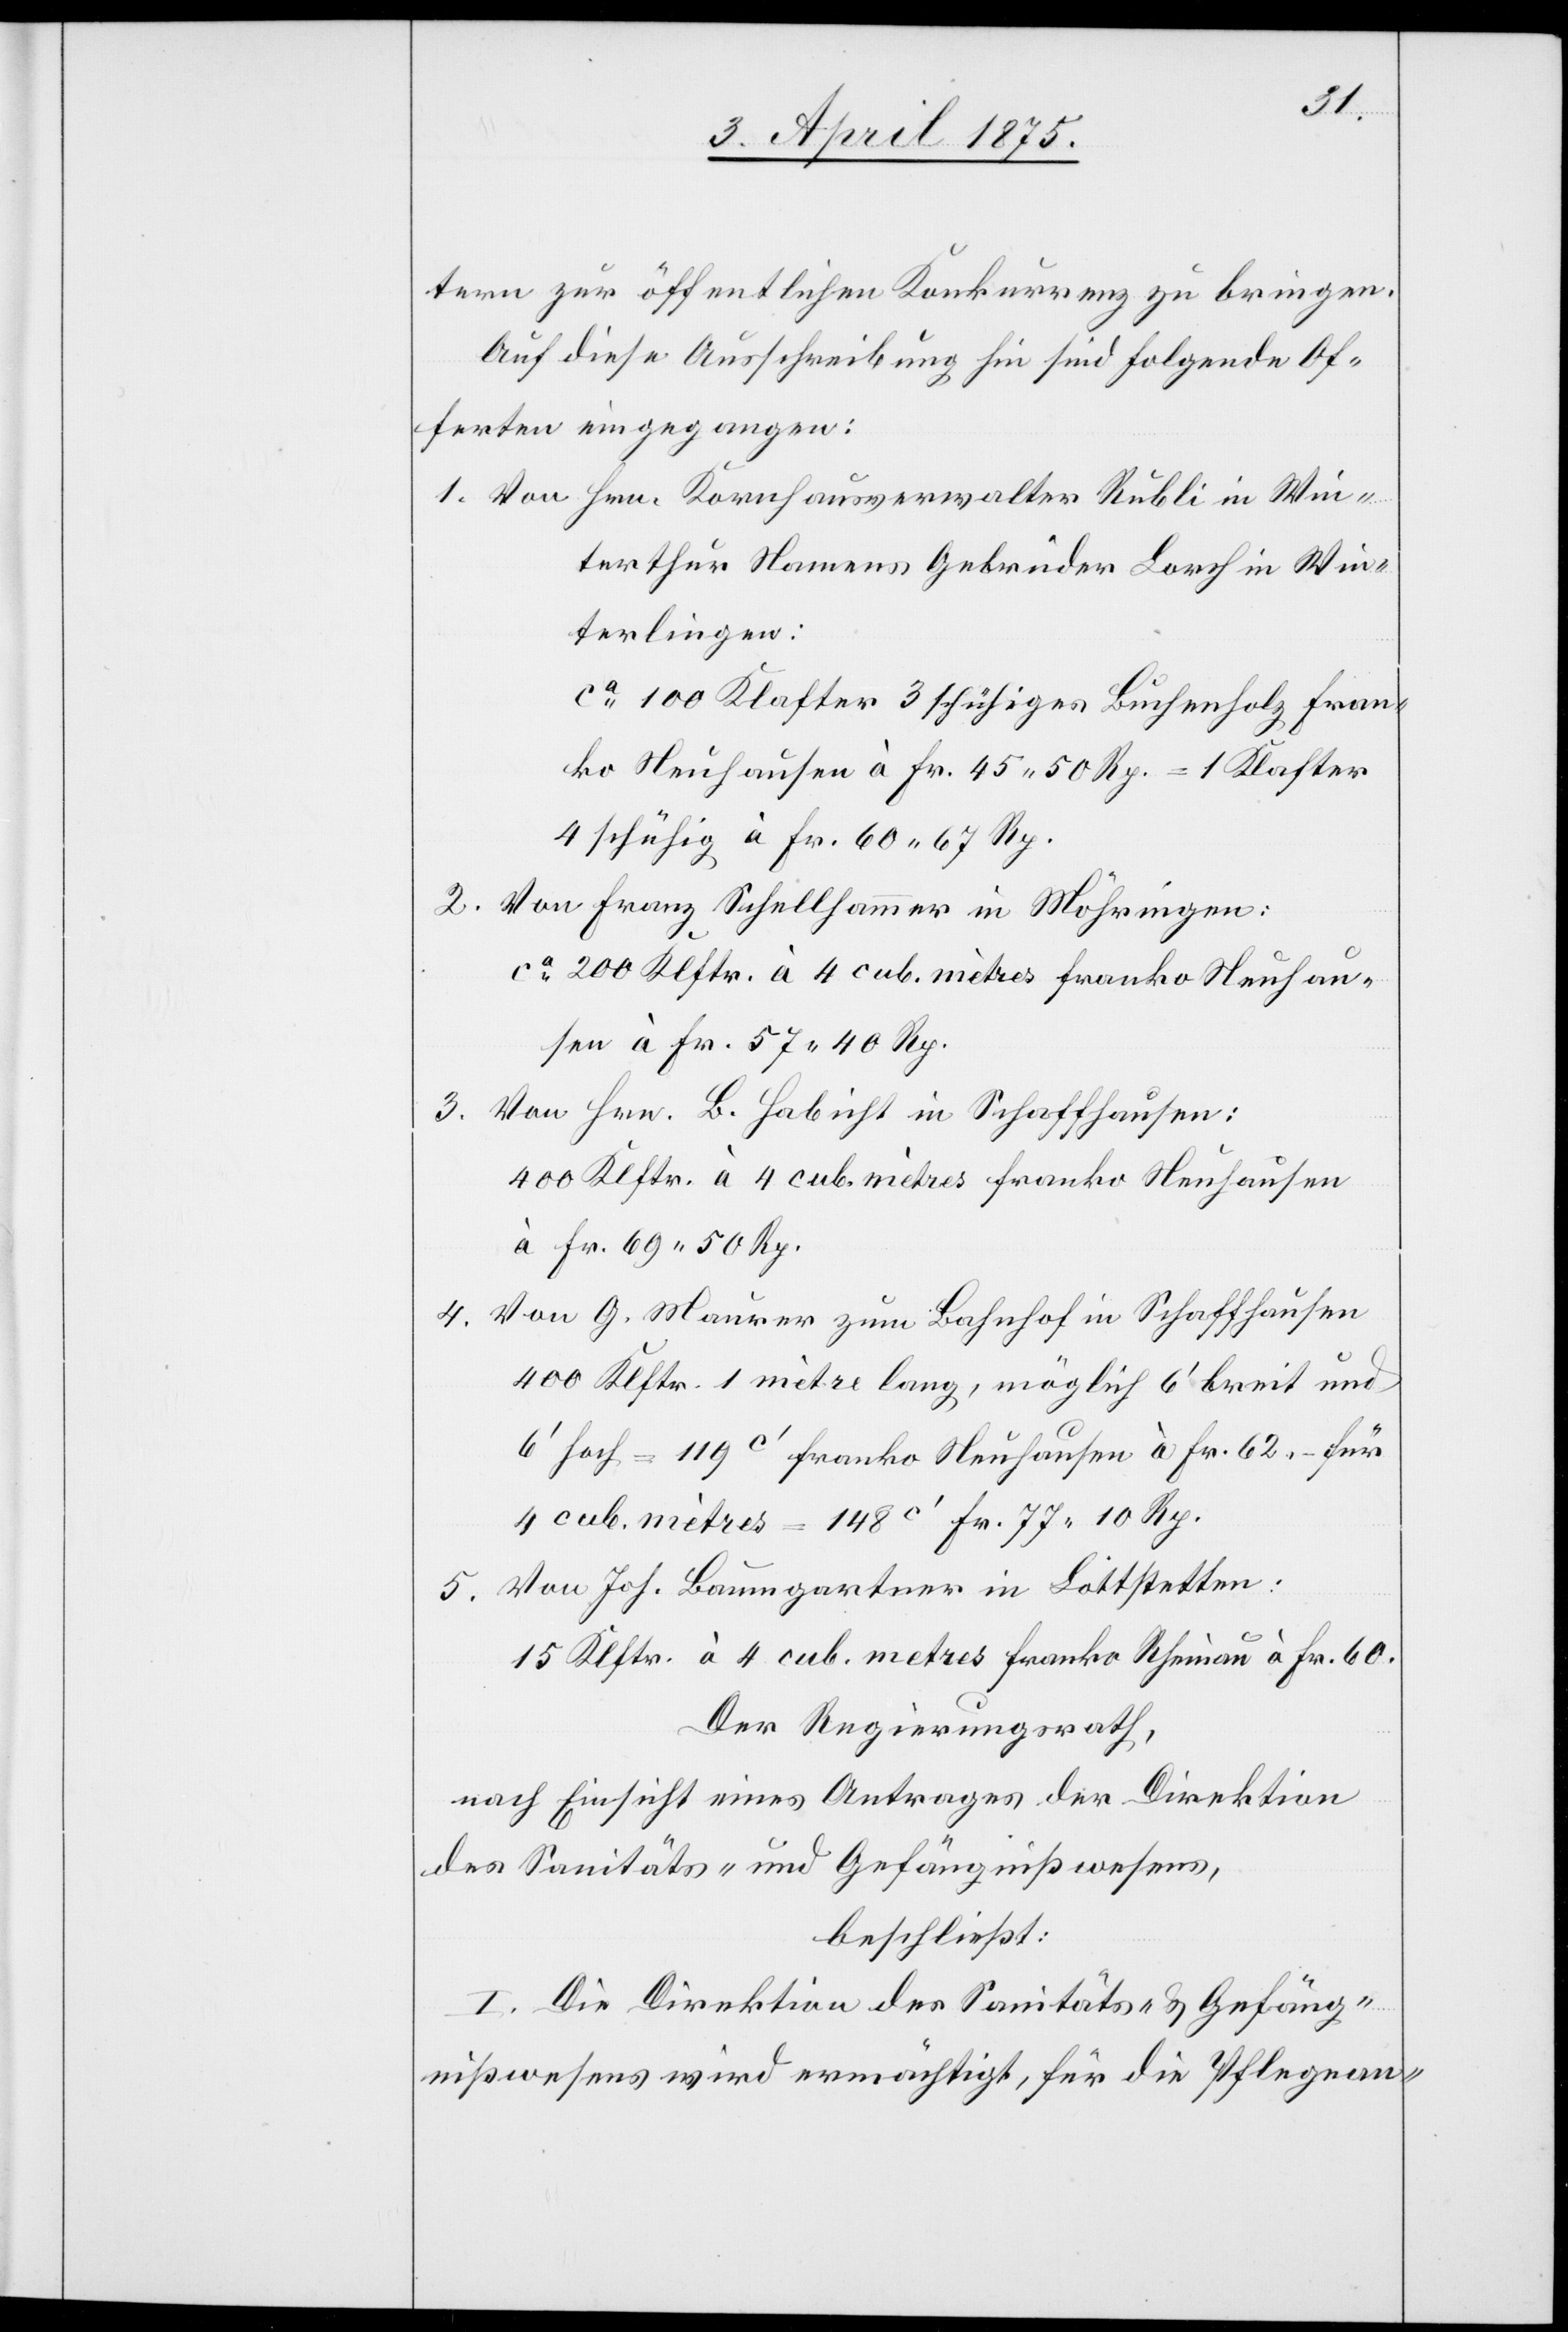
tern zu öffentlichen Konkurrenz zu bringen.
Auf diese Ausschreibung hin sind folgende Of¬
ferten eingegangen:
1. Von Hrn. Kornhausverwalter Rubli in Win¬
terthur Namens Gebrüder Lorch in Win¬
terlingen:
ca 100 Klafter 3 schühiges Buchenholz fran¬
ko Neuhausen à Fr. 45 50 Rp. = 1 Klafter
4 schühig à Fr. 60 67 Rp.
2. Von Franz Schellhammer in Möhringen:
3. Von Hrn. B. Habicht in Schaffhausen:
400 Klftr. à 4 cub. mètres franko Neuhausen
à Fr. 69 50 Rp.
Von G. Maurer zum Bahnhof in Schaffhausen
4.
400 Klftr. 1 mètre lang, möglich 6‘ breit und
6‘ hoch = 119c‘ franko Neuhausen à Fr. 62.– für
4 cub. mètres = 148c‘ Fr. 77 10 Rp.
5. Von. Jos. Baumgartner in Lottstetten:
15 Klftr. à 4 cub. mètres franko Rheinau à Fr. 50.
Der Regierungsrath,
nach Einsicht eines Antrages der Direktion
des Sanitäts- und Gefängnißwesens,
beschließt:
I. Die Direktion der Sanitäts- & Gefäng¬
nißwesens wird ermächtigt, für die Pflegean-